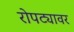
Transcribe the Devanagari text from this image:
रोपट्यावर